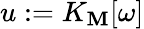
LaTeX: u:=K_{\mathbf{M}}[\omega]